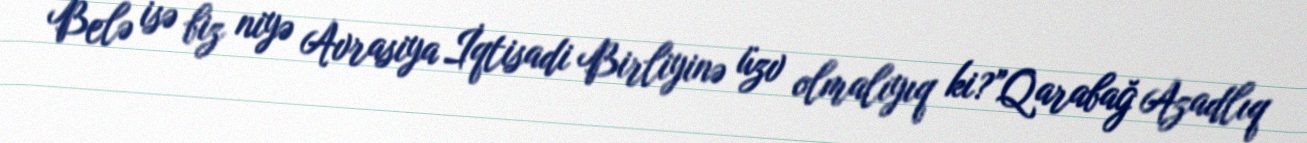
Belə isə biz niyə Avrasiya İqtisadi Birliyinə üzv olmalıyıq ki?”Qarabağ Azadlıq